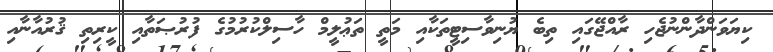
ކިޔަވަންދާންނުޖެހި ރާއްޖޭގައި ތިބެ ޔުނިވާސިޓީތަކާއި މަތީ ތަޢުލީމް ހާސިލްކުރުމުގެ ފުރުޞަތާއި ކީރިތި ޤުރުއާނާއި